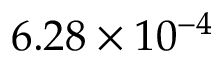
6 . 2 8 \times 1 0 ^ { - 4 }